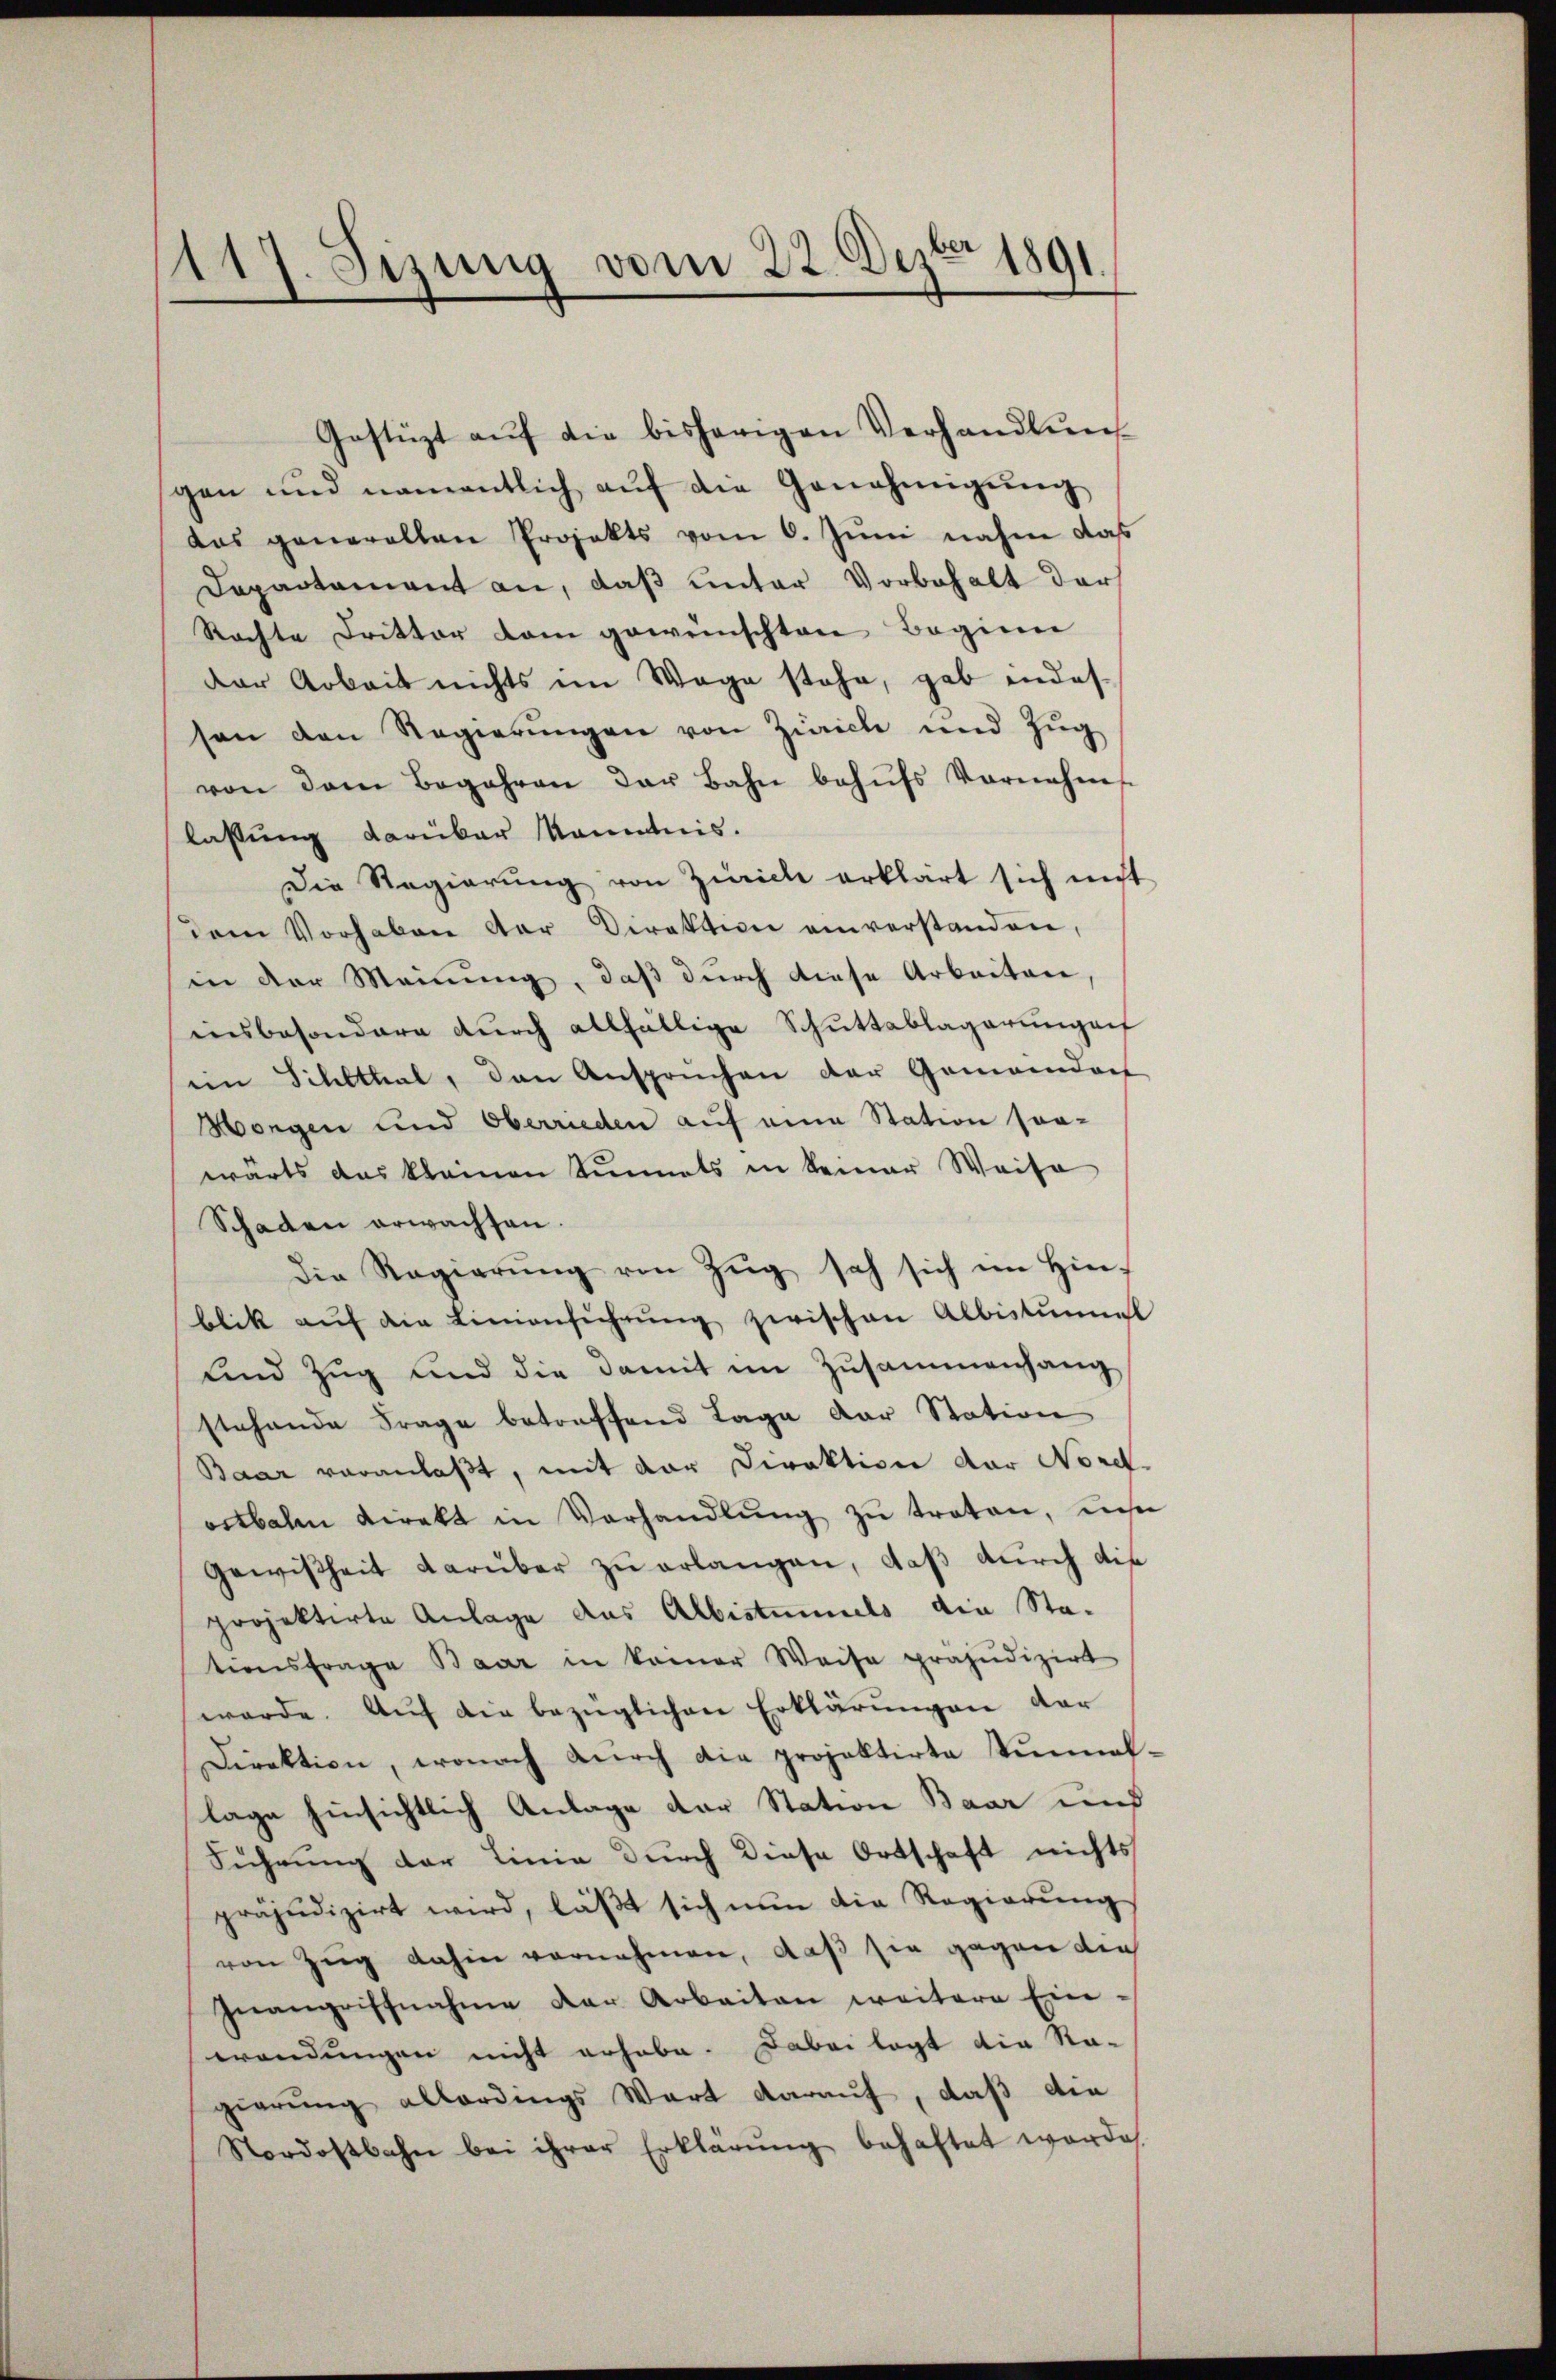
117. Sizung vom 22. Dezbr 1891

Gestüzt aŭf die bisherigen Verhandlŭng
gen und namentlich aŭf die Genehmigŭng
das generallen Projekts vom 6. Juni nahm das
Departament an, daß unter Vorbehalt der
Rachte Dritter dem gewünschten Beginn
der Arbeit nichts im Wege stehe, gab indesson den Regierŭngen von Zürich und Zŭg
von dem Begehren der Bahn behŭfs Vornahms
lassung darüber kanntnis.
Die Regierŭng von Zürich erklärt sich nicht
dem Vorhaben der Direktion einverstanden,
in der Meinung, daß durch diese Arbeiten
insbesondere durch allfällige Schuttablagerungen
im Sihlthal, den Ansprüchen der Gemeinden
Horgen und Oberrieden auf eine Station sor-
wärts das kleinen Sinnels in keiner Weise
Schaden erwachsen.
die Regierŭng von Zŭg sah sich im Hin-
blik aŭf die Linienführŭng zwischen Albistummel
Kind Zug und die damit im Zusammenhang
stehende Frage betreffend Lage der Station
Baar veranlaßt, mit der Direktion der Nord-
ertbalen direkt in Verhandlŭng zŭ treten, unse
Gewißheit darüber zu erlangen, daß durch die
projektirte Anlage das Albistinals die Sta-
tionsfrage Baar in keiner Weise präjudizirt
werde. Aŭf die bezüglichen Erklärungen der
Direktion, wonach dŭrch die projektirte stiennal-
lage hinsichtlich Anlage der Station Baar und
Führung der Linie durch diese Ortschaft nichts
präjudizirt wird, läßt sich nun die Regierung
von Zŭg dahin vornehmen, daß sie gegen die
Inangriffnahme der Arbeiten weitere Ein-
wendungen nicht erhabe. Dabei legt die Ra-
gierung allerdings Wert darauf, daß die
Nordostbahn bei ihrer Erklärŭng behaftet werde.